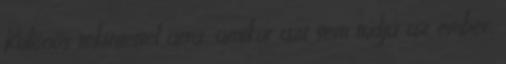
Különös tekintettel arra, amikor azt sem tudja az ember,